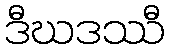
ဒီဃဒဿီ